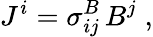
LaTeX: {J}^{i}={\sigma}_{ij}^{B}\, {B}^{j}\; ,